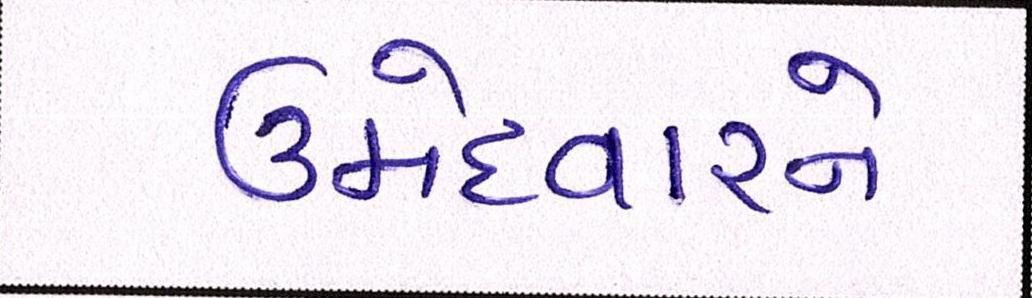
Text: ઉમેદવારને